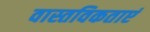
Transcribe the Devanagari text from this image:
वास्तविकताएं